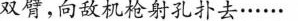
双臂，向敌机枪射孔扑去……